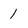
Character: 1